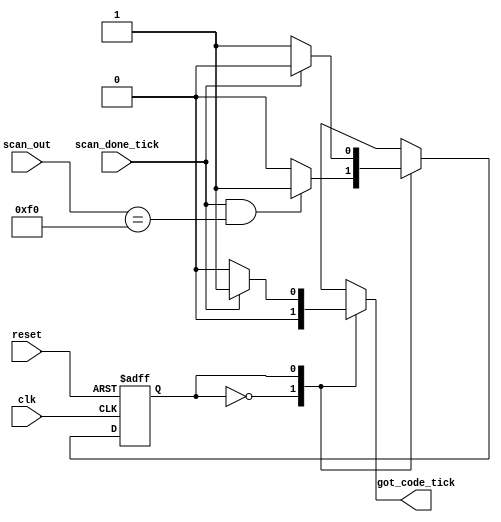
module kb_code
  // #(parameter W_SIZE = 2)  // 2^W_SIZE words in FIFO
   (
    input wire clk, reset,scan_done_tick,
    input wire [7:0] scan_out,
    output reg got_code_tick
   );

   // constant declaration
   localparam BRK = 8'hf0; // break code

   // symbolic state declaration
   localparam
      wait_brk = 1'b0,
      get_code = 1'b1;

   // signal declaration
   reg state_reg, state_next;

   //=======================================================
   // FSM to get the scan code after F0 received
   //=======================================================
   // state registers
   always @(posedge clk, posedge reset)
      if (reset)
         state_reg <= wait_brk;
      else
         state_reg <= state_next;

   // next-state logic
   always @*
   begin
      got_code_tick = 1'b0;
      state_next = state_reg;
      case (state_reg)
         wait_brk:  // wait for F0 of break code
            if (scan_done_tick==1'b1 && scan_out==BRK)
               state_next = get_code;
         get_code:  // get the following scan code
            if (scan_done_tick)
               begin
                  got_code_tick =1'b1;
                  state_next = wait_brk;
               end
      endcase
   end

endmodule